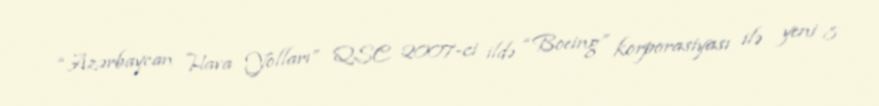
“Azərbaycan Hava Yolları” QSC 2007-ci ildə “Boeing” korporasiyası ilə yeni 8